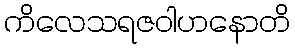
ကိလေသရဇဝါဟနောတိ